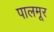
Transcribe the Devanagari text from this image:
पालमूर